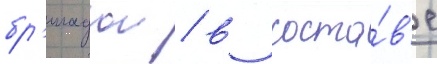
бр'игадои / в соста́в'е